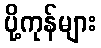
ပို့ကုန်များ